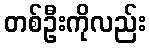
တစ်ဦးကိုလည်း